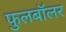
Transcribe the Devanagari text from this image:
फुलबॉलर